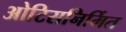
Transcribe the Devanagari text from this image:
ओटिसनिर्मित